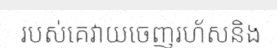
របស់គេវាយចេញរហ័សនិង